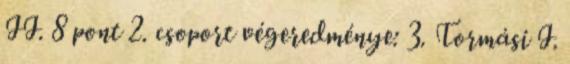
II. 8 pont 2. csoport végeredménye: 3. Tormási I.